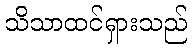
သိသာထင်ရှားသည်